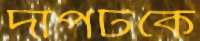
দাপটকে